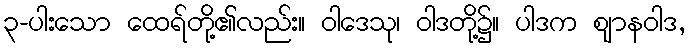
၃-ပါးသော ထေရ်တို့၏လည်း။ ဝါဒေသု၊ ဝါဒတို့၌။ ပါဒက ဈာနဝါဒ,